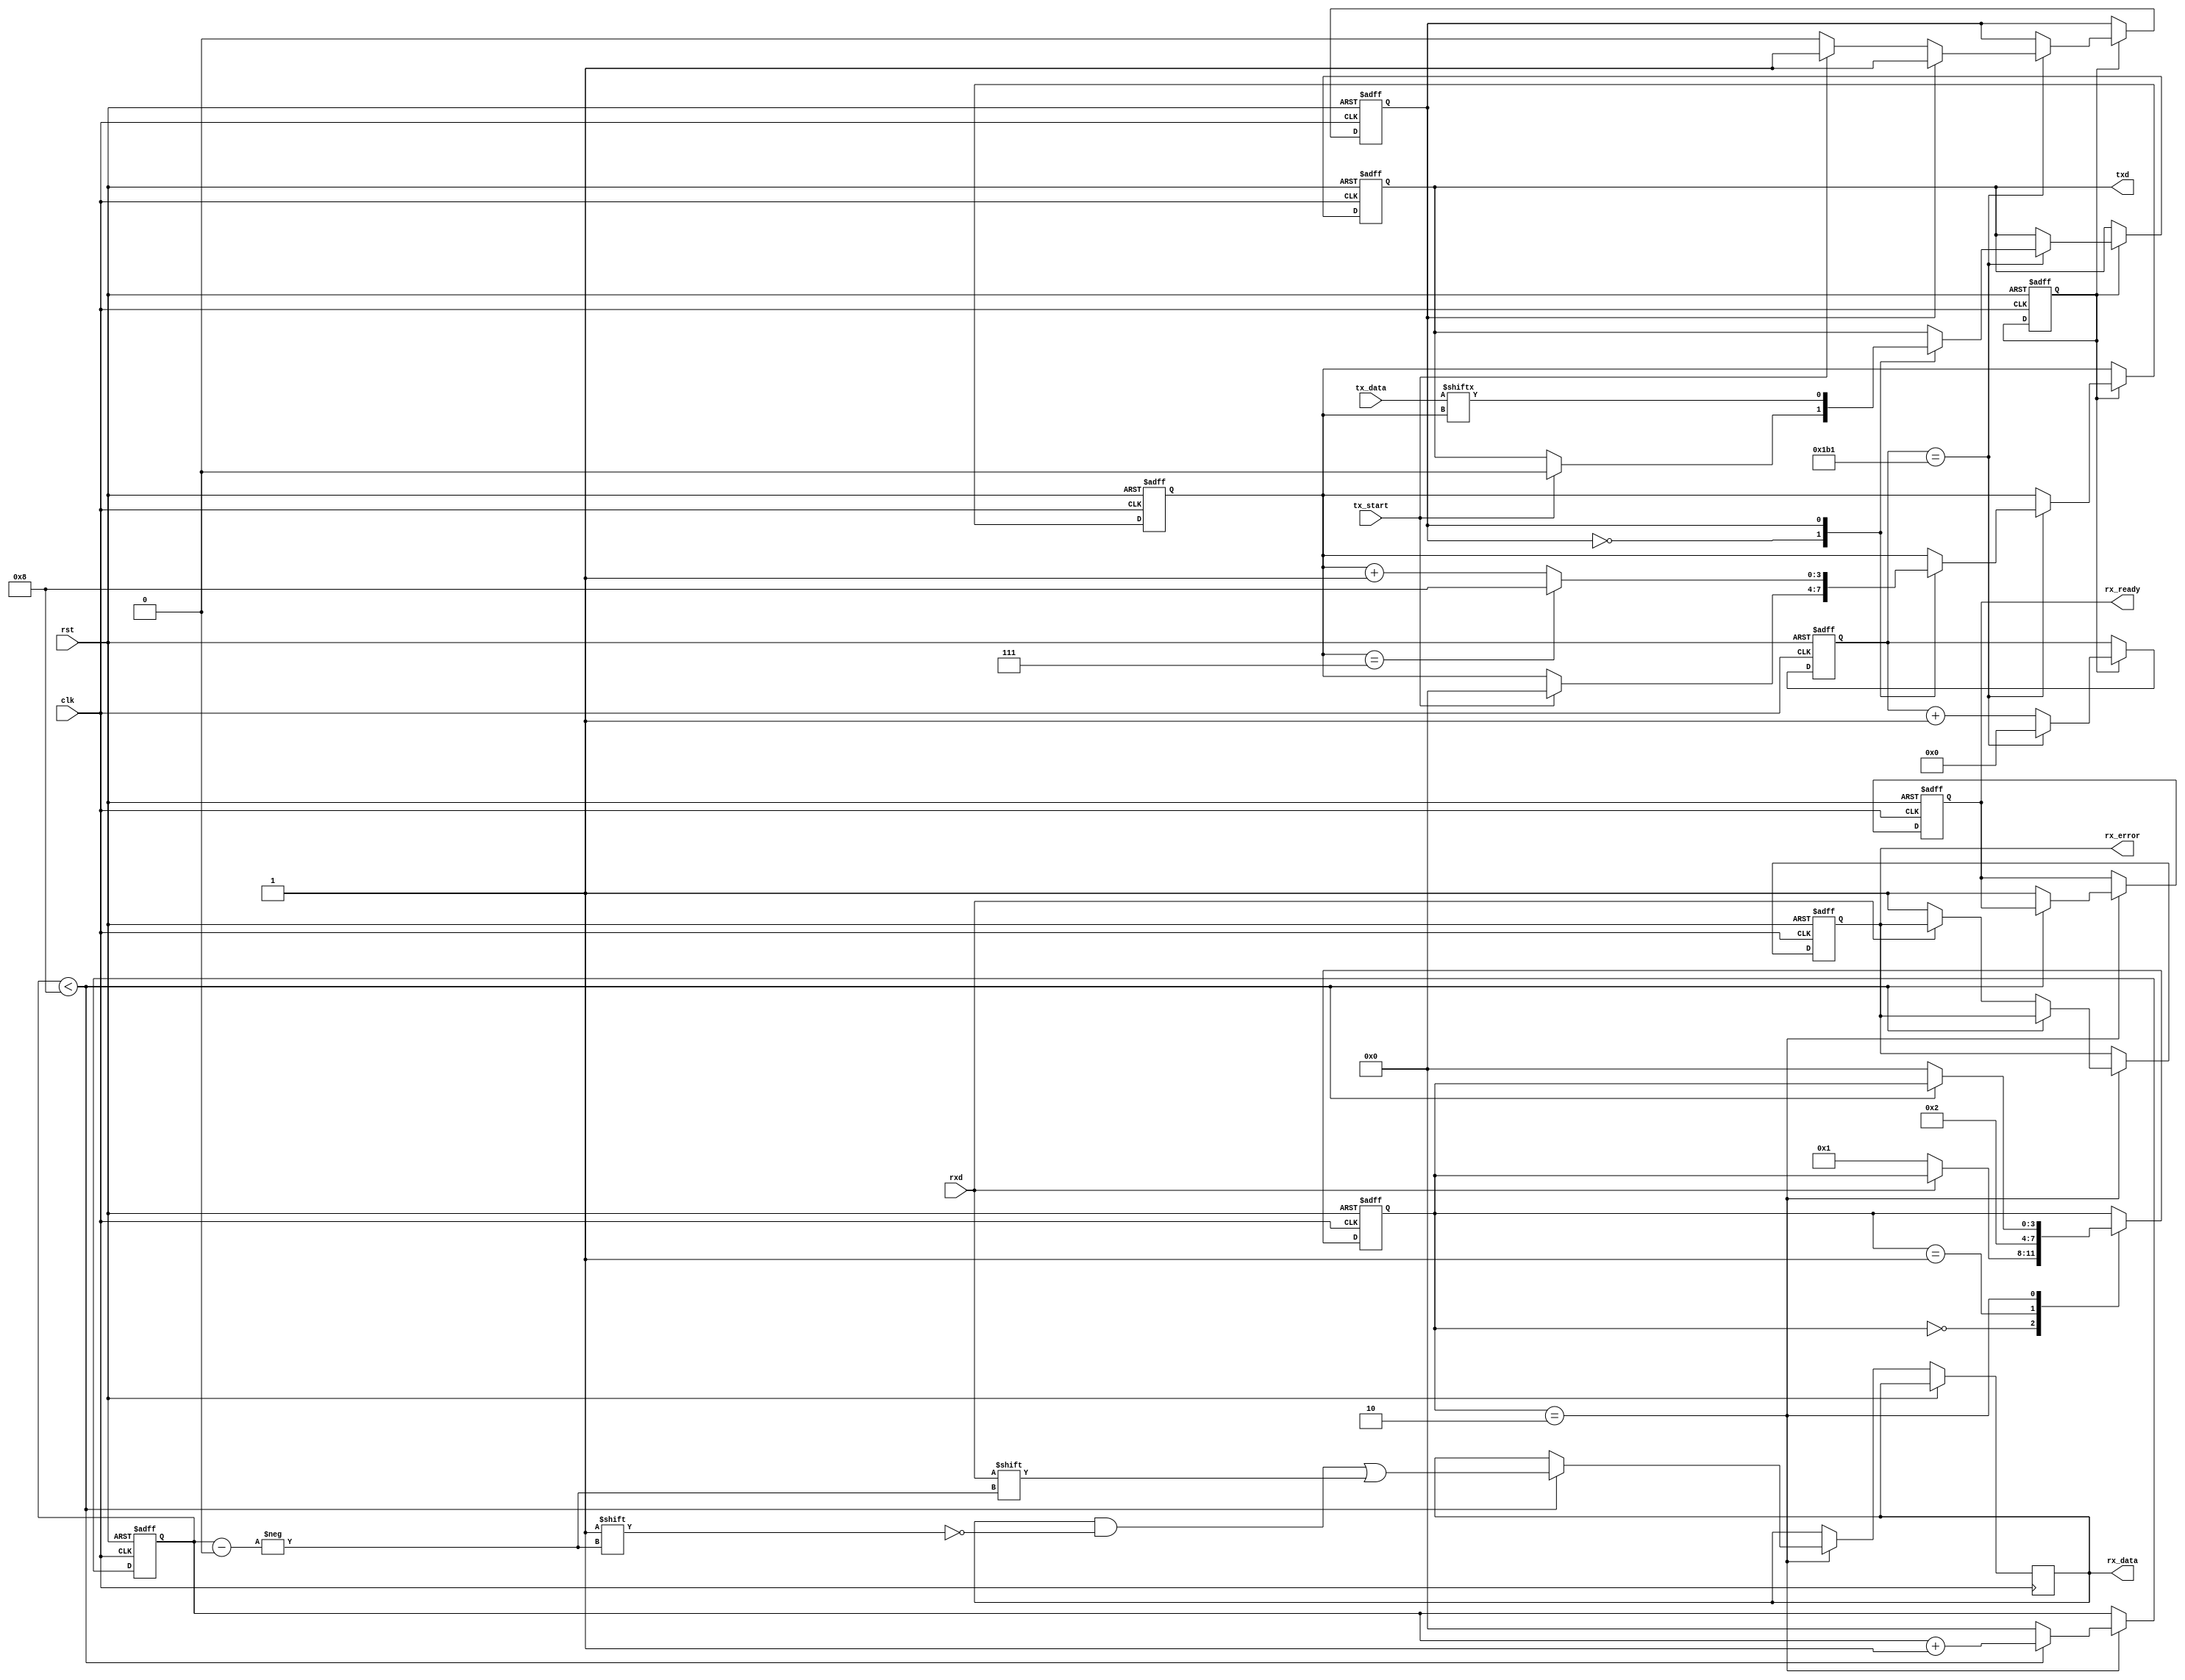
module parameterized_uart #(
    parameter BAUD_RATE = 115200,
    parameter DATA_BITS = 8,
    parameter STOP_BITS = 1,
    parameter PARITY = "NONE", // Options: "NONE", "EVEN", "ODD"
    parameter CLOCK_FREQ = 50000000
)(
    input wire clk,              // System clock
    input wire rst,              // Reset signal
    input wire tx_start,         // Start transmission signal
    input wire [DATA_BITS-1:0] tx_data, // Data to be transmitted
    output wire txd,             // Transmit data line
    input wire rxd,              // Receive data line
    output reg [DATA_BITS-1:0] rx_data, // Received data
    output reg rx_ready,         // Data ready signal
    output reg rx_error          // Error indication
);

    // Baud rate generator parameters
    localparam BAUD_DIVISOR = CLOCK_FREQ / BAUD_RATE;
    localparam TX_IDLE = 1'b0, TX_DATA = 1'b1;
    reg [15:0] baud_count;
    reg [3:0] tx_bit_index;
    reg tx_state;
    reg tx_busy;
    
    // Transmitter
    always @(posedge clk or posedge rst) begin
        if (rst) begin
            txd <= 1'b1; // Idle state
            baud_count <= 0;
            tx_bit_index <= 0;
            tx_state <= TX_IDLE;
            tx_busy <= 0;
        end else if (tx_busy) begin
            if (baud_count == BAUD_DIVISOR - 1) begin
                baud_count <= 0;
                case (tx_state)
                    TX_IDLE: begin
                        if (tx_start) begin
                            txd <= 1'b0; // Start bit
                            tx_bit_index <= 0;
                            tx_state <= TX_DATA;
                        end
                    end
                    TX_DATA: begin
                        txd <= tx_data[tx_bit_index]; // Send data bit
                        if (tx_bit_index == DATA_BITS - 1) begin
                            if (PARITY != "NONE") begin
                                // Calculate and send parity bit
                                txd <= (PARITY == "EVEN") ? 
                                    ^tx_data : // Even parity
                                    ~^tx_data; // Odd parity
                                tx_bit_index <= tx_bit_index + 1;
                            end else begin
                                // Send Stop bits
                                tx_bit_index <= DATA_BITS; // Move to stop bits
                            end
                        end else begin
                            tx_bit_index <= tx_bit_index + 1;
                        end
                    end
                endcase
            end else begin
                baud_count <= baud_count + 1;
            end
        end
    end

    // Receiver
    reg [3:0] rx_bit_index;
    reg [3:0] rx_state;
    localparam RX_IDLE = 2'b00, RX_START = 2'b01, RX_DATA = 2'b10, RX_STOP = 2'b11;

    always @(posedge clk or posedge rst) begin
        if (rst) begin
            rx_ready <= 0;
            rx_error <= 0;
            rx_bit_index <= 0;
            rx_state <= RX_IDLE;
        end else begin
            case (rx_state)
                RX_IDLE: begin
                    if (~rxd) begin // Start bit detected
                        rx_state <= RX_START;
                    end
                end
                RX_START: begin
                    // Wait until the middle of the start bit
                    // Here we will assume a simple sampling mechanism
                    // Add timer or counter for more accurate delay
                    rx_state <= RX_DATA;
                end
                RX_DATA: begin
                    // Capture the data bits
                    if (rx_bit_index < DATA_BITS) begin
                        // Sample the data
                        rx_data[rx_bit_index] <= rxd;
                        rx_bit_index <= rx_bit_index + 1;
                    end else begin
                        // Validate the stop bit
                        if (rxd != 1'b1) begin
                            rx_error <= 1; // Framing error
                        end
                        rx_ready <= 1;
                        rx_bit_index <= 0;
                        rx_state <= RX_IDLE;
                    end
                end
            endcase
        end
    end

endmodule